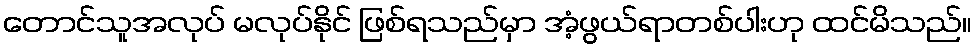
တောင်သူအလုပ် မလုပ်နိုင် ဖြစ်ရသည်မှာ အံ့ဖွယ်ရာတစ်ပါးဟု ထင်မိသည်။